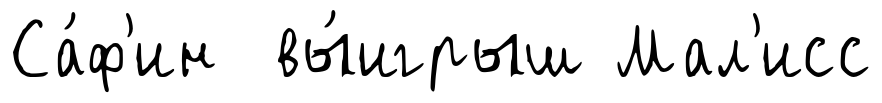
Са́ф'ин вы́игрыш Мал'исс